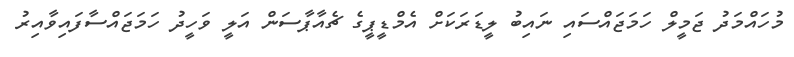
މުހައްމަދު ޖަމީލް ހަމަޖައްސައި ނައިބު ލީޑަރަކަށް އެމްޑީޕީގެ ޗެއާޕާސަން އަލީ ވަހީދު ހަމަޖައްސާފައިވާއިރު